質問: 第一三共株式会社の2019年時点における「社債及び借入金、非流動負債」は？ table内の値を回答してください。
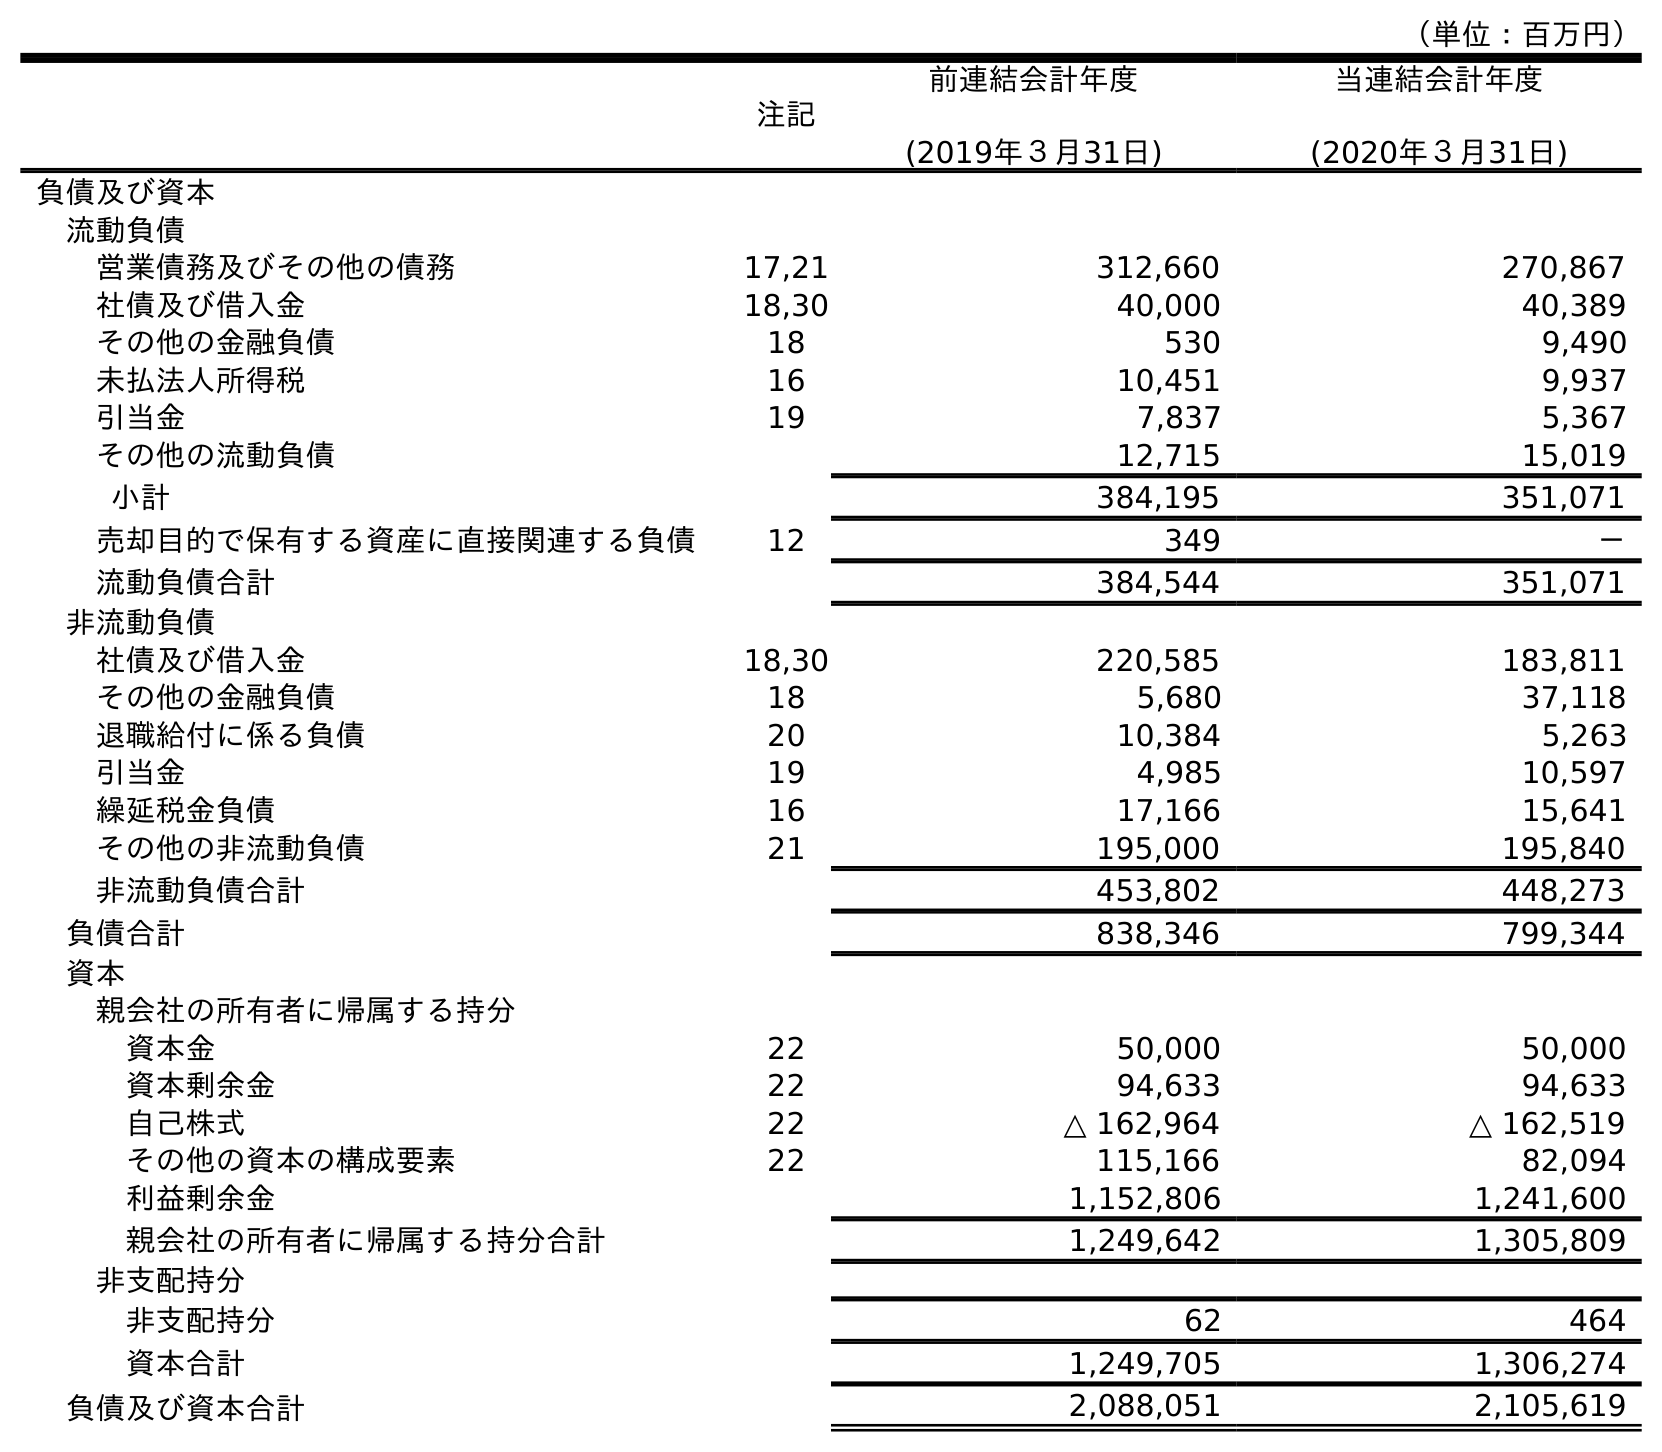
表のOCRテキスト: （単位：百万円） 注記 前連結会計年度 (2019年３月31日) 当連結会計年度 (2020年３月31日) 負債及び資本 流動負債 営業債務及びその他の債務 17,21 312,660 270,867 社債及び借入金 18,30 40,000 40,389 その他の金融負債 18 530 9,490 未払法人所得税 16 10,451 9,937 引当金 19 7,837 5,367 その他の流動負債 12,715 15,019 小計 384,195 351,071 売却目的で保有する資産に直接関連する負債 12 349 － 流動負債合計 384,544 351,071 非流動負債 社債及び借入金 18,30 220,585 183,811 その他の金融負債 18 5,680 37,118 退職給付に係る負債 20 10,384 5,263 引当金 19 4,985 10,597 繰延税金負債 16 17,166 15,641 その他の非流動負債 21 195,000 195,840 非流動負債合計 453,802 448,273 負債合計 838,346 799,344 資本 親会社の所有者に帰属する持分 資本金 22 50,000 50,000 資本剰余金 22 94,633 94,633 自己株式 22 △ 162,964 △ 162,519 その他の資本の構成要素 22 115,166 82,094 利益剰余金 1,152,806 1,241,600 親会社の所有者に帰属する持分合計 1,249,642 1,305,809 非支配持分 非支配持分 62 464 資本合計 1,249,705 1,306,274 負債及び資本合計 2,088,051 2,105,619
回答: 220,585